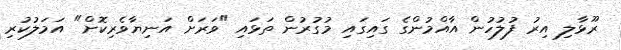
ރޫޅާލި އިރު ފުލުހުން އާއްމުންގެ ގައިގައި މުގުރުން ތަޅައި "ވަރަށް އަނިޔާވެރިކޮށް" އަމަލުކުރި